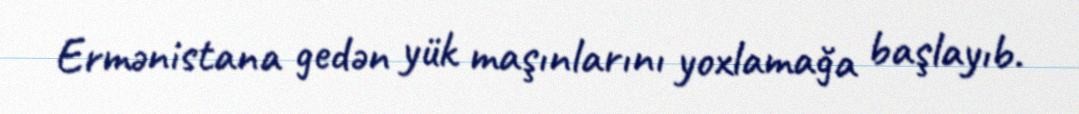
Ermənistana gedən yük maşınlarını yoxlamağa başlayıb.